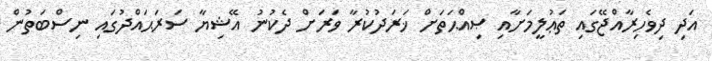
އަދި ދިވެހިރާއްޖޭގައި ތަޢުލީމަށާއި ޞިއްޙަތަށް ޚަރަދުކުރާ ވަރަށް ދެކުނު އޭޝިޔާ ސަރަޙައްދުގައި ނިސްބަތުން